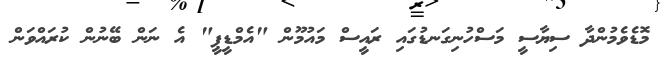
މޮޑެވެމުންދާ ސިޔާސީ މަސްހުނިގަނޑުގައި ރައީސް މައުމޫން "އެމްޑީޕީ" އެ ނަން ބޭނުން ކުރައްވަން